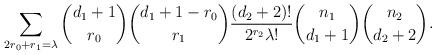
LaTeX: \begin{align*}\sum_{2r_0+r_1=\lambda} {d_1+1 \choose r_0} {d_1+1-r_0 \choose r_1} \frac{(d_2+2)!}{2^{r_2} \lambda!} {n_1 \choose d_1+1} {n_2 \choose d_2+2}.\end{align*}